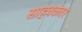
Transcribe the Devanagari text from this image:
साहबकंवर